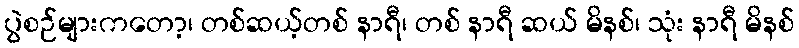
ပွဲစဉ်များကတော့၊ တစ်ဆယ့်တစ် နာရီ၊ တစ် နာရီ ဆယ် မိနစ်၊ သုံး နာရီ မိနစ်